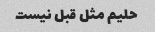
حلیم مثل قبل نیست